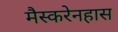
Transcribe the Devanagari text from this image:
मैस्करेनहास